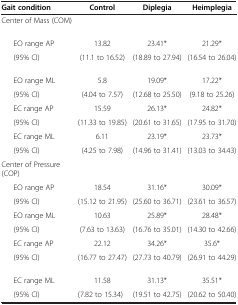
<table><thead><tr><td><b>Gait condition</b></td><td><b>Control</b></td><td><b>Diplegia</b></td><td><b>Heimplegia</b></td></tr></thead><tbody><tr><td>Center of Mass (COM)</td><td> </td><td> </td><td> </td></tr><tr><td>EO range AP</td><td>13.82</td><td>23.41*</td><td>21.29*</td></tr><tr><td>(95% CI)</td><td>(11.1 to 16.52)</td><td>(18.89 to 27.94)</td><td>(16.54 to 26.04)</td></tr><tr><td>EO range ML</td><td>5.8</td><td>19.09*</td><td>17.22*</td></tr><tr><td>(95% CI)</td><td>(4.04 to 7.57)</td><td>(12.68 to 25.50)</td><td>(9.18 to 25.26)</td></tr><tr><td>EC range AP</td><td>15.59</td><td>26.13*</td><td>24.82*</td></tr><tr><td>(95% CI)</td><td>(11.33 to 19.85)</td><td>(20.61 to 31.65)</td><td>(17.95 to 31.70)</td></tr><tr><td>EC range ML</td><td>6.11</td><td>23.19*</td><td>23.73*</td></tr><tr><td>(95% CI)</td><td>(4.25 to 7.98)</td><td>(14.96 to 31.41)</td><td>(13.03 to 34.43)</td></tr><tr><td>Center of Pressure (COP)</td><td> </td><td> </td><td> </td></tr><tr><td>EO range AP</td><td>18.54</td><td>31.16*</td><td>30.09*</td></tr><tr><td>(95% CI)</td><td>(15.12 to 21.95)</td><td>(25.60 to 36.71)</td><td>(23.61 to 36.57)</td></tr><tr><td>EO range ML</td><td>10.63</td><td>25.89*</td><td>28.48*</td></tr><tr><td>(95% CI)</td><td>(7.63 to 13.63)</td><td>(16.76 to 35.01)</td><td>(14.30 to 42.66)</td></tr><tr><td>EC range AP</td><td>22.12</td><td>34.26*</td><td>35.6*</td></tr><tr><td>(95% CI)</td><td>(16.77 to 27.47)</td><td>(27.73 to 40.79)</td><td>(26.91 to 44.29)</td></tr><tr><td>EC range ML</td><td>11.58</td><td>31.13*</td><td>35.51*</td></tr><tr><td>(95% CI)</td><td>(7.82 to 15.34)</td><td>(19.51 to 42.75)</td><td>(20.62 to 50.40)</td></tr></tbody></table>